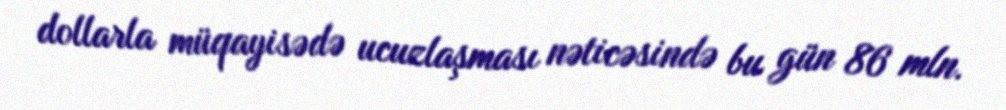
dollarla müqayisədə ucuzlaşması nəticəsində bu gün 86 mln.